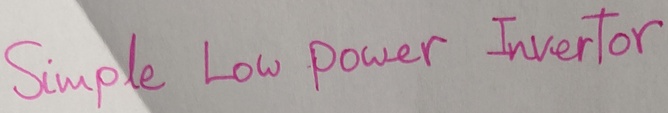
Text: Simple Low power Invertor